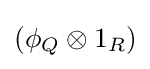
(\phi _{Q}\otimes 1_{R})